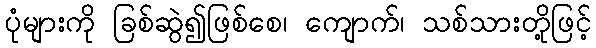
ပုံများကို ခြစ်ဆွဲ၍ဖြစ်စေ၊ ကျောက်၊ သစ်သားတို့ဖြင့်